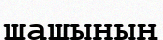
шашының